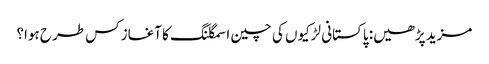
مزید پڑھیں: پاکستانی لڑکیوں کی چین اسمگلنگ کا آغاز کس طرح ہوا؟